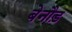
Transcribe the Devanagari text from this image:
बेनौड़